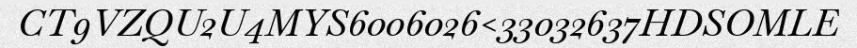
CT9VZQU2U4MYS6006026<33032637HDSOMLE